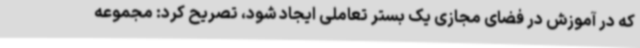
که در آموزش در فضای مجازی یک بستر تعاملی ایجاد شود، تصریح کرد: مجموعه